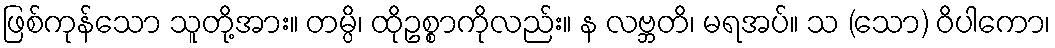
ဖြစ်ကုန်သော သူတို့အား။ တမ္ပိ၊ ထိုဥစ္စာကိုလည်း။ န လဗ္ဘတိ၊ မရအပ်။ သ (သော) ဝိပါကော၊